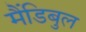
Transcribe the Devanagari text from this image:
मैंडिबुल